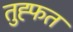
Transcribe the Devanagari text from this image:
तुह्फत